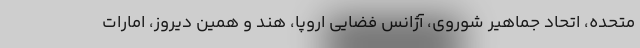
متحده، اتحاد جماهیر شوروی، آژانس فضایی اروپا، هند و همین دیروز، امارات